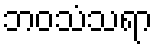
ဘဝသံသရာ